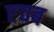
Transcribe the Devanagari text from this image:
एचब